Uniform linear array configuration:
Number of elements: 12
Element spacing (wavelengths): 0.75
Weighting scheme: kaiser
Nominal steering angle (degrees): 0
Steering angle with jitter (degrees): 0.7327
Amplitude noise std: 0.05
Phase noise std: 0.05

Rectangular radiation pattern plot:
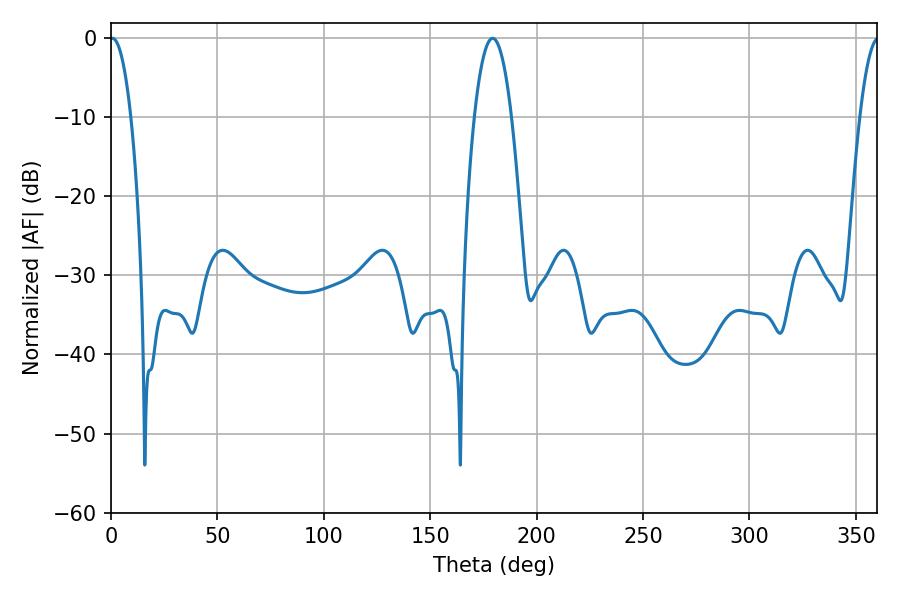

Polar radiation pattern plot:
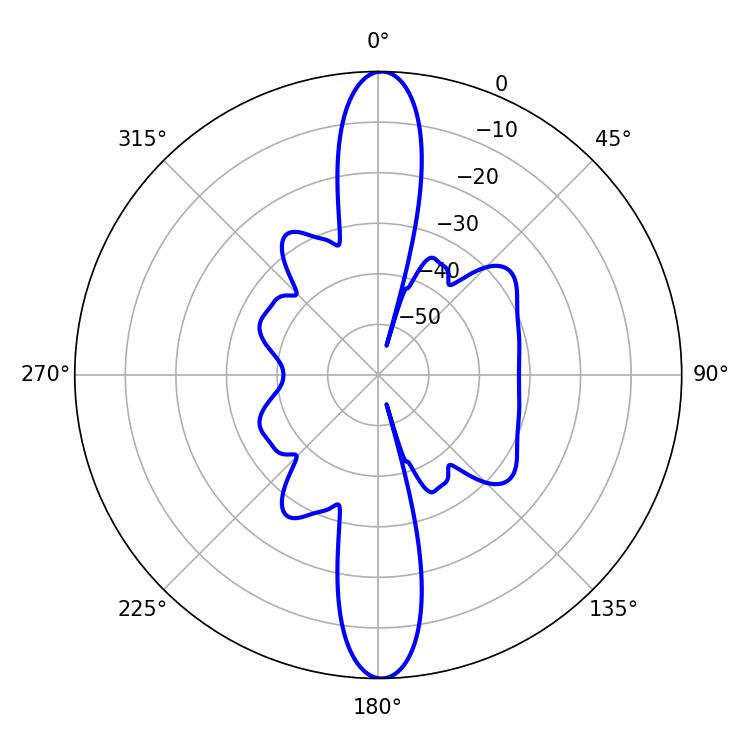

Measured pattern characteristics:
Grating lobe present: TRUE
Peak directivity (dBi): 26.415
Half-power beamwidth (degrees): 5.4
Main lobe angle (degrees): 0.72